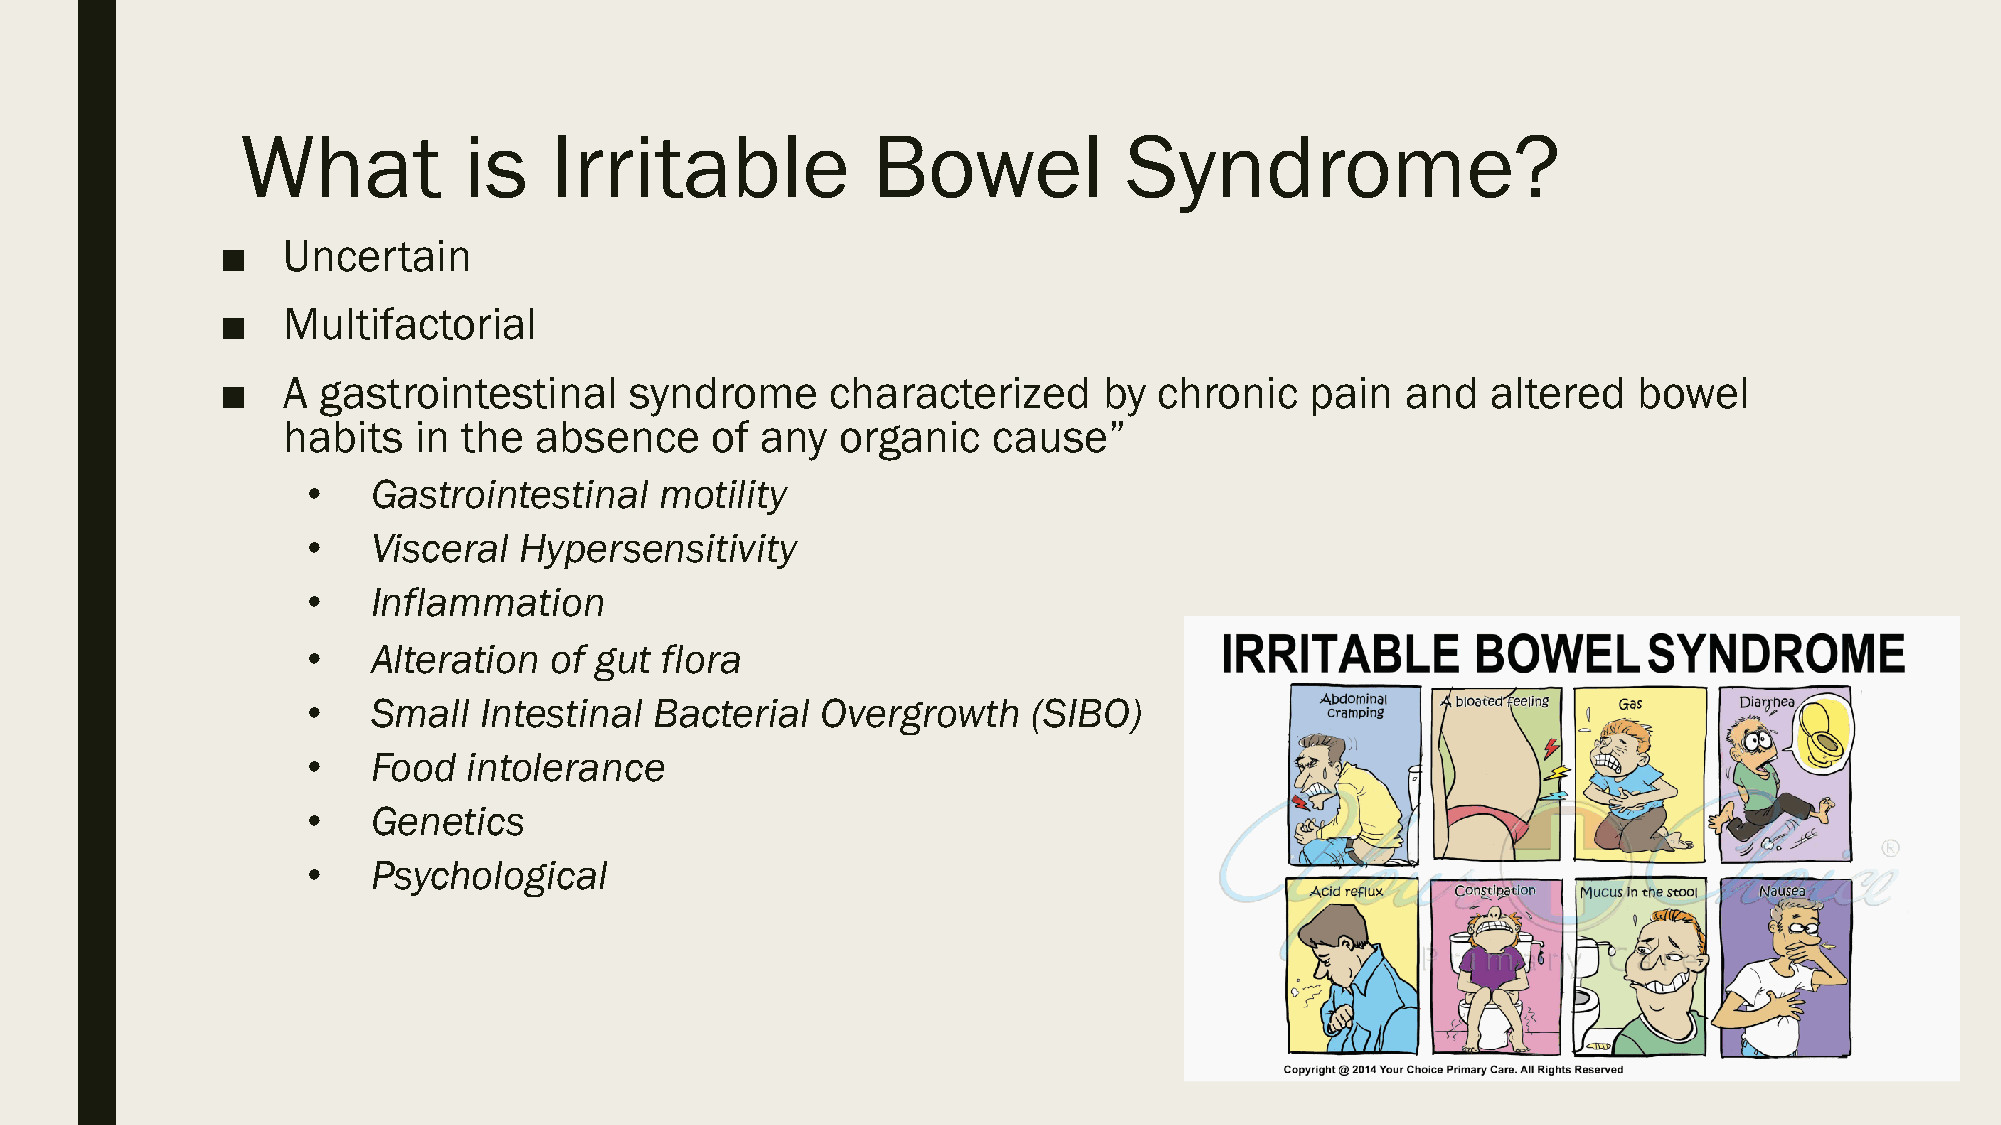
What           is   Irritable             Bowel            Syndrome?
 ■   Uncertain
 ■   Multifactorial
 ■   A gastrointestinal     syndrome     characterized     by  chronic   pain  and   altered  bowel
 habits  in  the absence     of any   organic   cause”
 •    Gastrointestinal   motility
 •    Visceral Hypersensitivity
 •    Inflammation
 •    Alteration of gut  flora
 •    Small  Intestinal Bacterial  Overgrowth    (SIBO)
 •    Food  intolerance
 •    Genetics
 •    Psychological